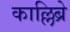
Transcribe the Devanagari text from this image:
काल्लिब्रे